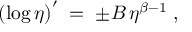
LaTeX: \left( \log \eta \right) ^ { \prime } \; = \; \pm B \, \eta ^ { \beta - 1 } \; ,